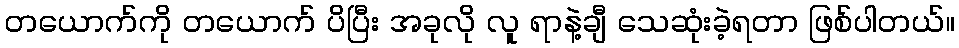
တယောက်ကို တယောက် ပိပြီး အခုလို လူ ရာနဲ့ချီ သေဆုံးခဲ့ရတာ ဖြစ်ပါတယ်။